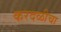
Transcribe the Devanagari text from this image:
करदळीचा